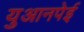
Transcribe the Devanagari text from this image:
युआनपेई